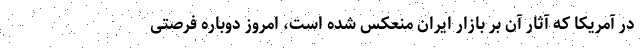
در آمریکا که آثار آن بر بازار ایران منعکس شده است، امروز دوباره فرصتی